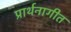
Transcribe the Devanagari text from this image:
प्रार्थनागीत